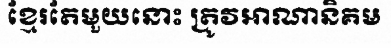
ខ្មែរតែមួយនោះ ត្រូវអាណានិគម